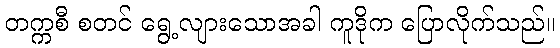
တက္ကစီ စတင် ရွေ့လျားသောအခါ ကူဒိုက ပြောလိုက်သည်။